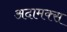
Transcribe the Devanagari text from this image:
अदामक्स